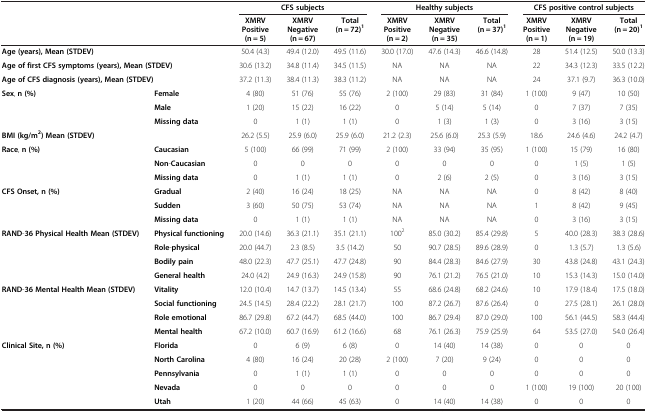
<table><thead><tr><td colspan="2"><b> </b></td><td colspan="3"><b>CFS subjects</b></td><td colspan="3"><b>Healthy subjects</b></td><td colspan="3"><b>CFS positive control subjects</b></td></tr><tr><td colspan="2"><b> </b></td><td><b>XMRV Positive (n = 5)</b></td><td><b>XMRV Negative (n = 67)</b></td><td><b>Total (n = 72)<sup>1</sup></b></td><td><b>XMRV Positive (n = 2)</b></td><td><b>XMRV Negative (n = 35)</b></td><td><b>Total (n = 37)<sup>1</sup></b></td><td><b>XMRV Positive (n = 1)</b></td><td><b>XMRV Negative (n = 19)</b></td><td><b>Total (n = 20)<sup>1</sup></b></td></tr></thead><tbody><tr><td colspan="2"><b>Age </b><b>(</b><b>years</b><b>), </b><b>Mean </b><b>(</b><b>STDEV</b><b>)</b></td><td>50.4 (4.3)</td><td>49.4 (12.0)</td><td>49.5 (11.6)</td><td>30.0 (17.0)</td><td>47.6 (14.3)</td><td>46.6 (14.8)</td><td>28</td><td>51.4 (12.5)</td><td>50.0 (13.3)</td></tr><tr><td colspan="2"><b>Age of first CFS symptoms </b><b>(</b><b>years</b><b>), </b><b>Mean </b><b>(</b><b>STDEV</b><b>)</b></td><td>30.6 (13.2)</td><td>34.8 (11.4)</td><td>34.5 (11.5)</td><td>NA</td><td>NA</td><td>NA</td><td>22</td><td>34.3 (12.3)</td><td>33.5 (12.2)</td></tr><tr><td colspan="2"><b>Age of CFS diagnosis </b><b>(</b><b>years</b><b>), </b><b>Mean </b><b>(</b><b>STDEV</b><b>)</b></td><td>37.2 (11.3)</td><td>38.4 (11.3)</td><td>38.3 (11.2)</td><td>NA</td><td>NA</td><td>NA</td><td>24</td><td>37.1 (9.7)</td><td>36.3 (10.0)</td></tr><tr><td><b>Sex</b>, <b>n </b><b>(%)</b></td><td><b>Female</b></td><td>4 (80)</td><td>51 (76)</td><td>55 (76)</td><td>2 (100)</td><td>29 (83)</td><td>31 (84)</td><td>1 (100)</td><td>9 (47)</td><td>10 (50)</td></tr><tr><td> </td><td><b>Male</b></td><td>1 (20)</td><td>15 (22)</td><td>16 (22)</td><td>0</td><td>5 (14)</td><td>5 (14)</td><td>0</td><td>7 (37)</td><td>7 (35)</td></tr><tr><td> </td><td><b>Missing data</b></td><td>0</td><td>1 (1)</td><td>1 (1)</td><td>0</td><td>1 (3)</td><td>1 (3)</td><td>0</td><td>3 (16)</td><td>3 (15)</td></tr><tr><td colspan="2"><b>BMI </b><b>(</b><b>kg</b><b>/</b><b>m</b><sup><b>2</b></sup><b>) </b><b>Mean </b><b>(</b><b>STDEV</b><b>)</b></td><td>26.2 (5.5)</td><td>25.9 (6.0)</td><td>25.9 (6.0)</td><td>21.2 (2.3)</td><td>25.6 (6.0)</td><td>25.3 (5.9)</td><td>18.6</td><td>24.6 (4.6)</td><td>24.2 (4.7)</td></tr><tr><td><b>Race</b>, <b>n </b><b>(%)</b></td><td><b>Caucasian</b></td><td>5 (100)</td><td>66 (99)</td><td>71 (99)</td><td>2 (100)</td><td>33 (94)</td><td>35 (95)</td><td>1 (100)</td><td>15 (79)</td><td>16 (80)</td></tr><tr><td> </td><td><b>Non</b>-<b>Caucasian</b></td><td>0</td><td>0</td><td>0</td><td>0</td><td>0</td><td>0</td><td>0</td><td>1 (5)</td><td>1 (5)</td></tr><tr><td> </td><td><b>Missing data</b></td><td>0</td><td>1 (1)</td><td>1 (1)</td><td>0</td><td>2 (6)</td><td>2 (5)</td><td>0</td><td>3 (16)</td><td>3 (15)</td></tr><tr><td><b>CFS Onset</b><b>, </b><b>n </b><b>(%)</b></td><td><b>Gradual</b></td><td>2 (40)</td><td>16 (24)</td><td>18 (25)</td><td>NA</td><td>NA</td><td>NA</td><td>0</td><td>8 (42)</td><td>8 (40)</td></tr><tr><td> </td><td><b>Sudden</b></td><td>3 (60)</td><td>50 (75)</td><td>53 (74)</td><td>NA</td><td>NA</td><td>NA</td><td>1</td><td>8 (42)</td><td>9 (45)</td></tr><tr><td> </td><td><b>Missing data</b></td><td>0</td><td>1 (1)</td><td>1 (1)</td><td>NA</td><td>NA</td><td>NA</td><td>0</td><td>3 (16)</td><td>3 (15)</td></tr><tr><td><b>RAND</b>-<b>36 Physical Health Mean </b><b>(</b><b>STDEV</b><b>)</b></td><td><b>Physical functioning</b></td><td>20.0 (14.6)</td><td>36.3 (21.1)</td><td>35.1 (21.1)</td><td>100<sup>2</sup></td><td>85.0 (30.2)</td><td>85.4 (29.8)</td><td>5</td><td>40.0 (28.3)</td><td>38.3 (28.6)</td></tr><tr><td> </td><td><b>Role</b>-<b>physical</b></td><td>20.0 (44.7)</td><td>2.3 (8.5)</td><td>3.5 (14.2)</td><td>50</td><td>90.7 (28.5)</td><td>89.6 (28.9)</td><td>0</td><td>1.3 (5.7)</td><td>1.3 (5.6)</td></tr><tr><td> </td><td><b>Bodily pain</b></td><td>48.0 (22.3)</td><td>47.7 (25.1)</td><td>47.7 (24.8)</td><td>90</td><td>84.4 (28.3)</td><td>84.6 (27.9)</td><td>30</td><td>43.8 (24.8)</td><td>43.1 (24.3)</td></tr><tr><td> </td><td><b>General health</b></td><td>24.0 (4.2)</td><td>24.9 (16.3)</td><td>24.9 (15.8)</td><td>90</td><td>76.1 (21.2)</td><td>76.5 (21.0)</td><td>10</td><td>15.3 (14.3)</td><td>15.0 (14.0)</td></tr><tr><td><b>RAND</b>-<b>36 Mental Health Mean </b><b>(</b><b>STDEV</b><b>)</b></td><td><b>Vitality</b></td><td>12.0 (10.4)</td><td>14.7 (13.7)</td><td>14.5 (13.4)</td><td>55</td><td>68.6 (24.8)</td><td>68.2 (24.6)</td><td>10</td><td>17.9 (18.4)</td><td>17.5 (18.0)</td></tr><tr><td> </td><td><b>Social functioning</b></td><td>24.5 (14.5)</td><td>28.4 (22.2)</td><td>28.1 (21.7)</td><td>100</td><td>87.2 (26.7)</td><td>87.6 (26.4)</td><td>0</td><td>27.5 (28.1)</td><td>26.1 (28.0)</td></tr><tr><td> </td><td><b>Role emotional</b></td><td>86.7 (29.8)</td><td>67.2 (44.7)</td><td>68.5 (44.0)</td><td>100</td><td>86.7 (29.4)</td><td>87.0 (29.0)</td><td>100</td><td>56.1 (44.5)</td><td>58.3 (44.4)</td></tr><tr><td> </td><td><b>Mental health</b></td><td>67.2 (10.0)</td><td>60.7 (16.9)</td><td>61.2 (16.6)</td><td>68</td><td>76.1 (26.3)</td><td>75.9 (25.9)</td><td>64</td><td>53.5 (27.0)</td><td>54.0 (26.4)</td></tr><tr><td><b>Clinical Site</b><b>, </b><b>n</b><b> (%)</b></td><td><b>Florida</b></td><td>0</td><td>6 (9)</td><td>6 (8)</td><td>0</td><td>14 (40)</td><td>14 (38)</td><td>0</td><td>0</td><td>0</td></tr><tr><td> </td><td><b>North Carolina</b></td><td>4 (80)</td><td>16 (24)</td><td>20 (28)</td><td>2 (100)</td><td>7 (20)</td><td>9 (24)</td><td>0</td><td>0</td><td>0</td></tr><tr><td> </td><td><b>Pennsylvania</b></td><td>0</td><td>1 (1)</td><td>1 (1)</td><td>0</td><td>0</td><td>0</td><td>0</td><td>0</td><td>0</td></tr><tr><td> </td><td><b>Nevada</b></td><td>0</td><td>0</td><td>0</td><td>0</td><td>0</td><td>0</td><td>1 (100)</td><td>19 (100)</td><td>20 (100)</td></tr><tr><td> </td><td><b>Utah</b></td><td>1 (20)</td><td>44 (66)</td><td>45 (63)</td><td>0</td><td>14 (40)</td><td>14 (38)</td><td>0</td><td>0</td><td>0</td></tr></tbody></table>